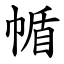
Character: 㡒